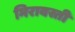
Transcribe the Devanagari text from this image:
मिरावस्ती